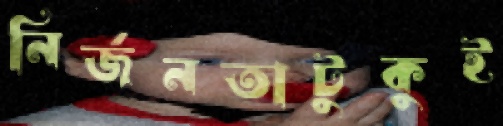
নির্জনতাটুকুই